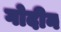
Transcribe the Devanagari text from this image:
गोदीन